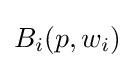
B_{i}(p,w_{i})